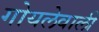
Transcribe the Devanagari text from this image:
गोयलेवाली